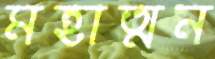
মহাত্মন